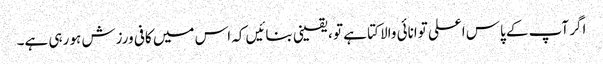
اگر آپ کے پاس اعلی توانائی والا کتا ہے تو ، یقینی بنائیں کہ اس میں کافی ورزش ہو رہی ہے۔